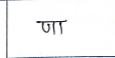
मजकूर: णा